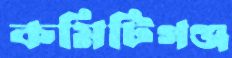
কমিটিগঞ্জ